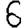
Digit: 6